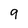
Character: 9